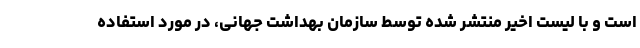
است و با لیست اخیر منتشر شده توسط سازمان بهداشت جهانی، در مورد استفاده